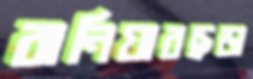
বানিয়ারছড়া